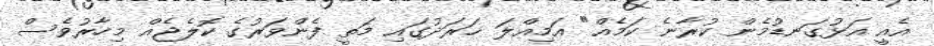
އެއީ އަޅުގަނޑުމެން ކުރާނެ ކަމެއް" އަމިއްލަ ޚަރަދުގައި މަތީ ފެންވަރުގެ ކޮލެޖެއް މިހާރުވެސް